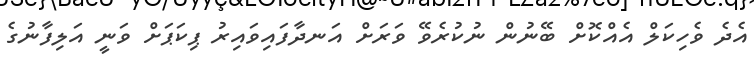
އެދެ ވެހިކަލް އެއްކޮށް ބޭނުން ނުކުރެވޭ ވަރަށް އަނދާފައިވައިރު ޕިކަޕަށް ވަނީ އަލިފާނުގެ